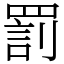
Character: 罰